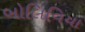
બોલિવિયા